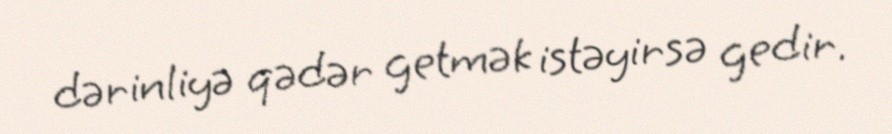
dərinliyə qədər getmək istəyirsə gedir.